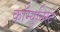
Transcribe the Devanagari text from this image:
कॉम्युनिस्ट